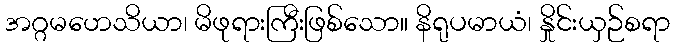
အဂ္ဂမဟေသိယာ၊ မိဖုရားကြီးဖြစ်သော။ နိရုပမာယံ၊ နှိုင်းယှဉ်စရာ